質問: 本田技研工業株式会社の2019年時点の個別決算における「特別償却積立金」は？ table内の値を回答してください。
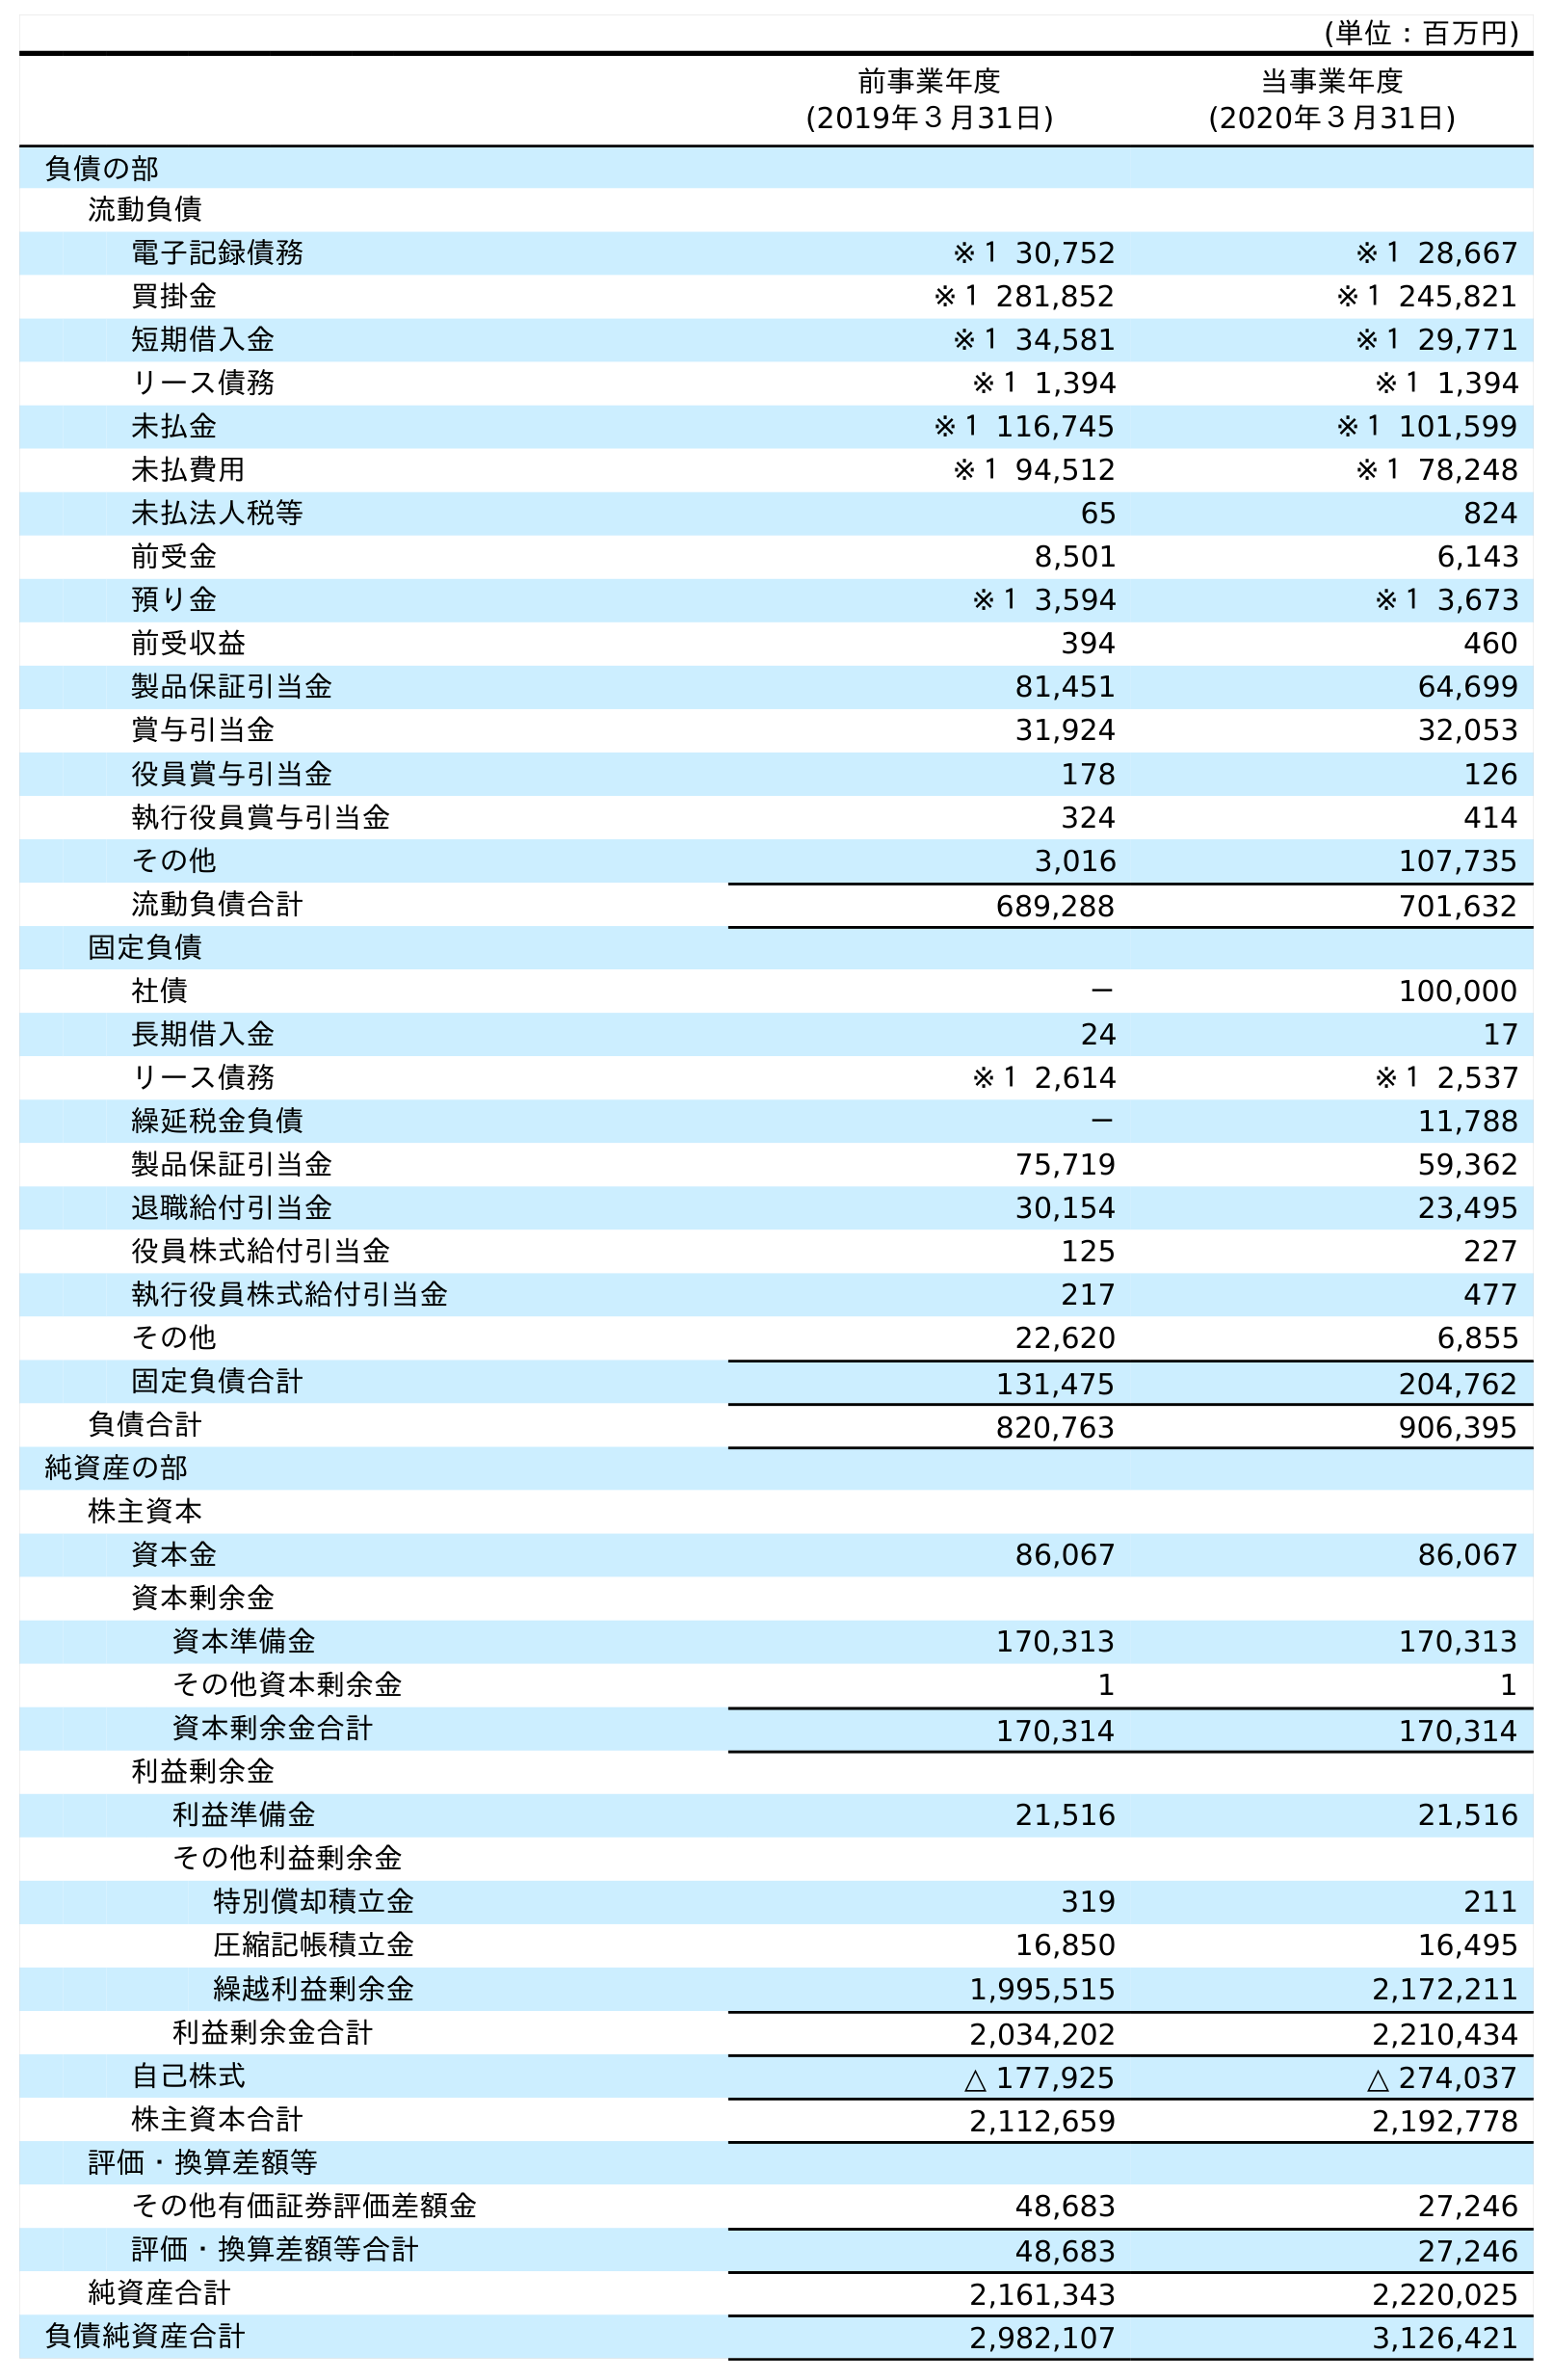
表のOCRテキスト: (単位：百万円) 前事業年度 (2019年３月31日) 当事業年度 (2020年３月31日) 負債の部 流動負債 電子記録債務 ※１ 30,752 ※１ 28,667 買掛金 ※１ 281,852 ※１ 245,821 短期借入金 ※１ 34,581 ※１ 29,771 リース債務 ※１ 1,394 ※１ 1,394 未払金 ※１ 116,745 ※１ 101,599 未払費用 ※１ 94,512 ※１ 78,248 未払法人税等 65 824 前受金 8,501 6,143 預り金 ※１ 3,594 ※１ 3,673 前受収益 394 460 製品保証引当金 81,451 64,699 賞与引当金 31,924 32,053 役員賞与引当金 178 126 執行役員賞与引当金 324 414 その他 3,016 107,735 流動負債合計 689,288 701,632 固定負債 社債 － 100,000 長期借入金 24 17 リース債務 ※１ 2,614 ※１ 2,537 繰延税金負債 － 11,788 製品保証引当金 75,719 59,362 退職給付引当金 30,154 23,495 役員株式給付引当金 125 227 執行役員株式給付引当金 217 477 その他 22,620 6,855 固定負債合計 131,475 204,762 負債合計 820,763 906,395 純資産の部 株主資本 資本金 86,067 86,067 資本剰余金 資本準備金 170,313 170,313 その他資本剰余金 1 1 資本剰余金合計 170,314 170,314 利益剰余金 利益準備金 21,516 21,516 その他利益剰余金 特別償却積立金 319 211 圧縮記帳積立金 16,850 16,495 繰越利益剰余金 1,995,515 2,172,211 利益剰余金合計 2,034,202 2,210,434 自己株式 △ 177,925 △ 274,037 株主資本合計 2,112,659 2,192,778 評価・換算差額等 その他有価証券評価差額金 48,683 27,246 評価・換算差額等合計 48,683 27,246 純資産合計 2,161,343 2,220,025 負債純資産合計 2,982,107 3,126,421
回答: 319